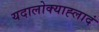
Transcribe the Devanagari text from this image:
यदालोक्याह्लादं